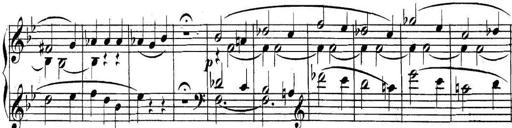
Title: Collected Piano Sonatas
Composer: Muzio Clementi